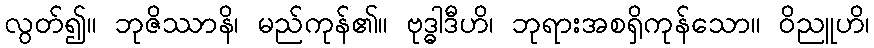
လွတ်၍။ ဘုဇိဿာနိ၊ မည်ကုန်၏။ ဗုဒ္ဓါဒီဟိ၊ ဘုရားအစရှိကုန်သော။ ဝိညူဟိ၊